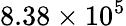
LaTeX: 8.38\times 10^{5}